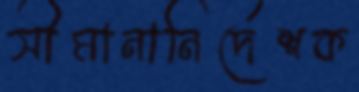
সীমানানির্দেশক